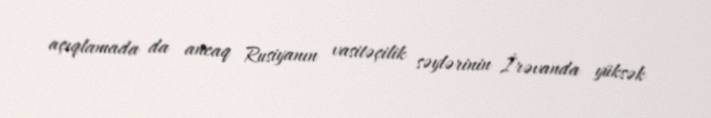
açıqlamada da ancaq Rusiyanın vasitəçilik səylərinin İrəvanda yüksək